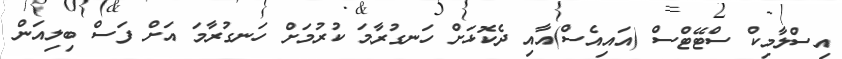
އިސްލާމިކް ސްޓޭޓްސް (އައިއެސް)އާއި ދެކޮޅަށް ހަނގުރާމަ ކުރުމަށް ހަނގުރާމަ އަށް ފަސް ބިލިއަން